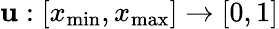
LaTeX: \mathbf{u}:[x_{\mathrm{{min}}},x_{\mathrm{{max}}}]\to[0,1]